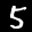
Label: 5